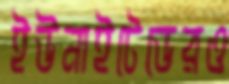
ইউনাইটেডেরও